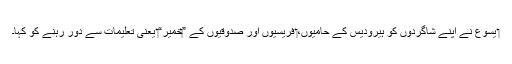
‏ یسوع نے اپنے شاگردوں کو ہیرودیس کے حامیوں،‏ فریسیوں اور صدوقیوں کے ”‏خمیر“‏ یعنی تعلیمات سے دُور رہنے کو کہا۔